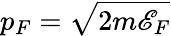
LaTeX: p_{F}=\sqrt{2m\mathscr{E}_{F}}